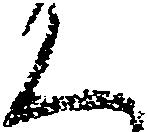
く